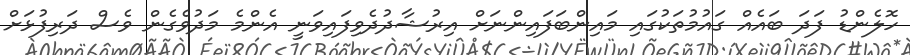
ހޮލެންޑު ފަދަ ބައެއް ގައުމުތަކުގައި މައިންބަފައިންނަށް އިރުޝާދުދެވިފައިވަނީ އެންމެ މަދުވެގެން ވެސް ދަރިފުޅަށް